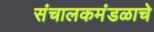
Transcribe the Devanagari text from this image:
संचालकमंडळाचे